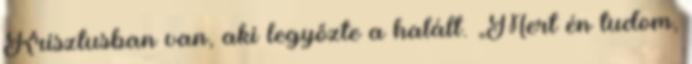
Krisztusban van, aki legyőzte a halált. „Mert én tudom,